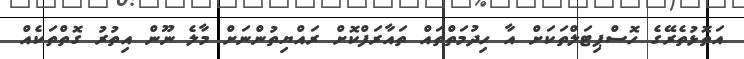
އަތޮޅުތެރޭގެ ހޮސްޕިޓަލްތަކަށް އާ ހިދުމަތްތައް ތައާރަފްކޮށް ރައްޔިތުންނަށް މާލެ ނޫން އިތުރު ގޮތްތަކެއް